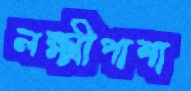
লক্ষ্মীপাশা